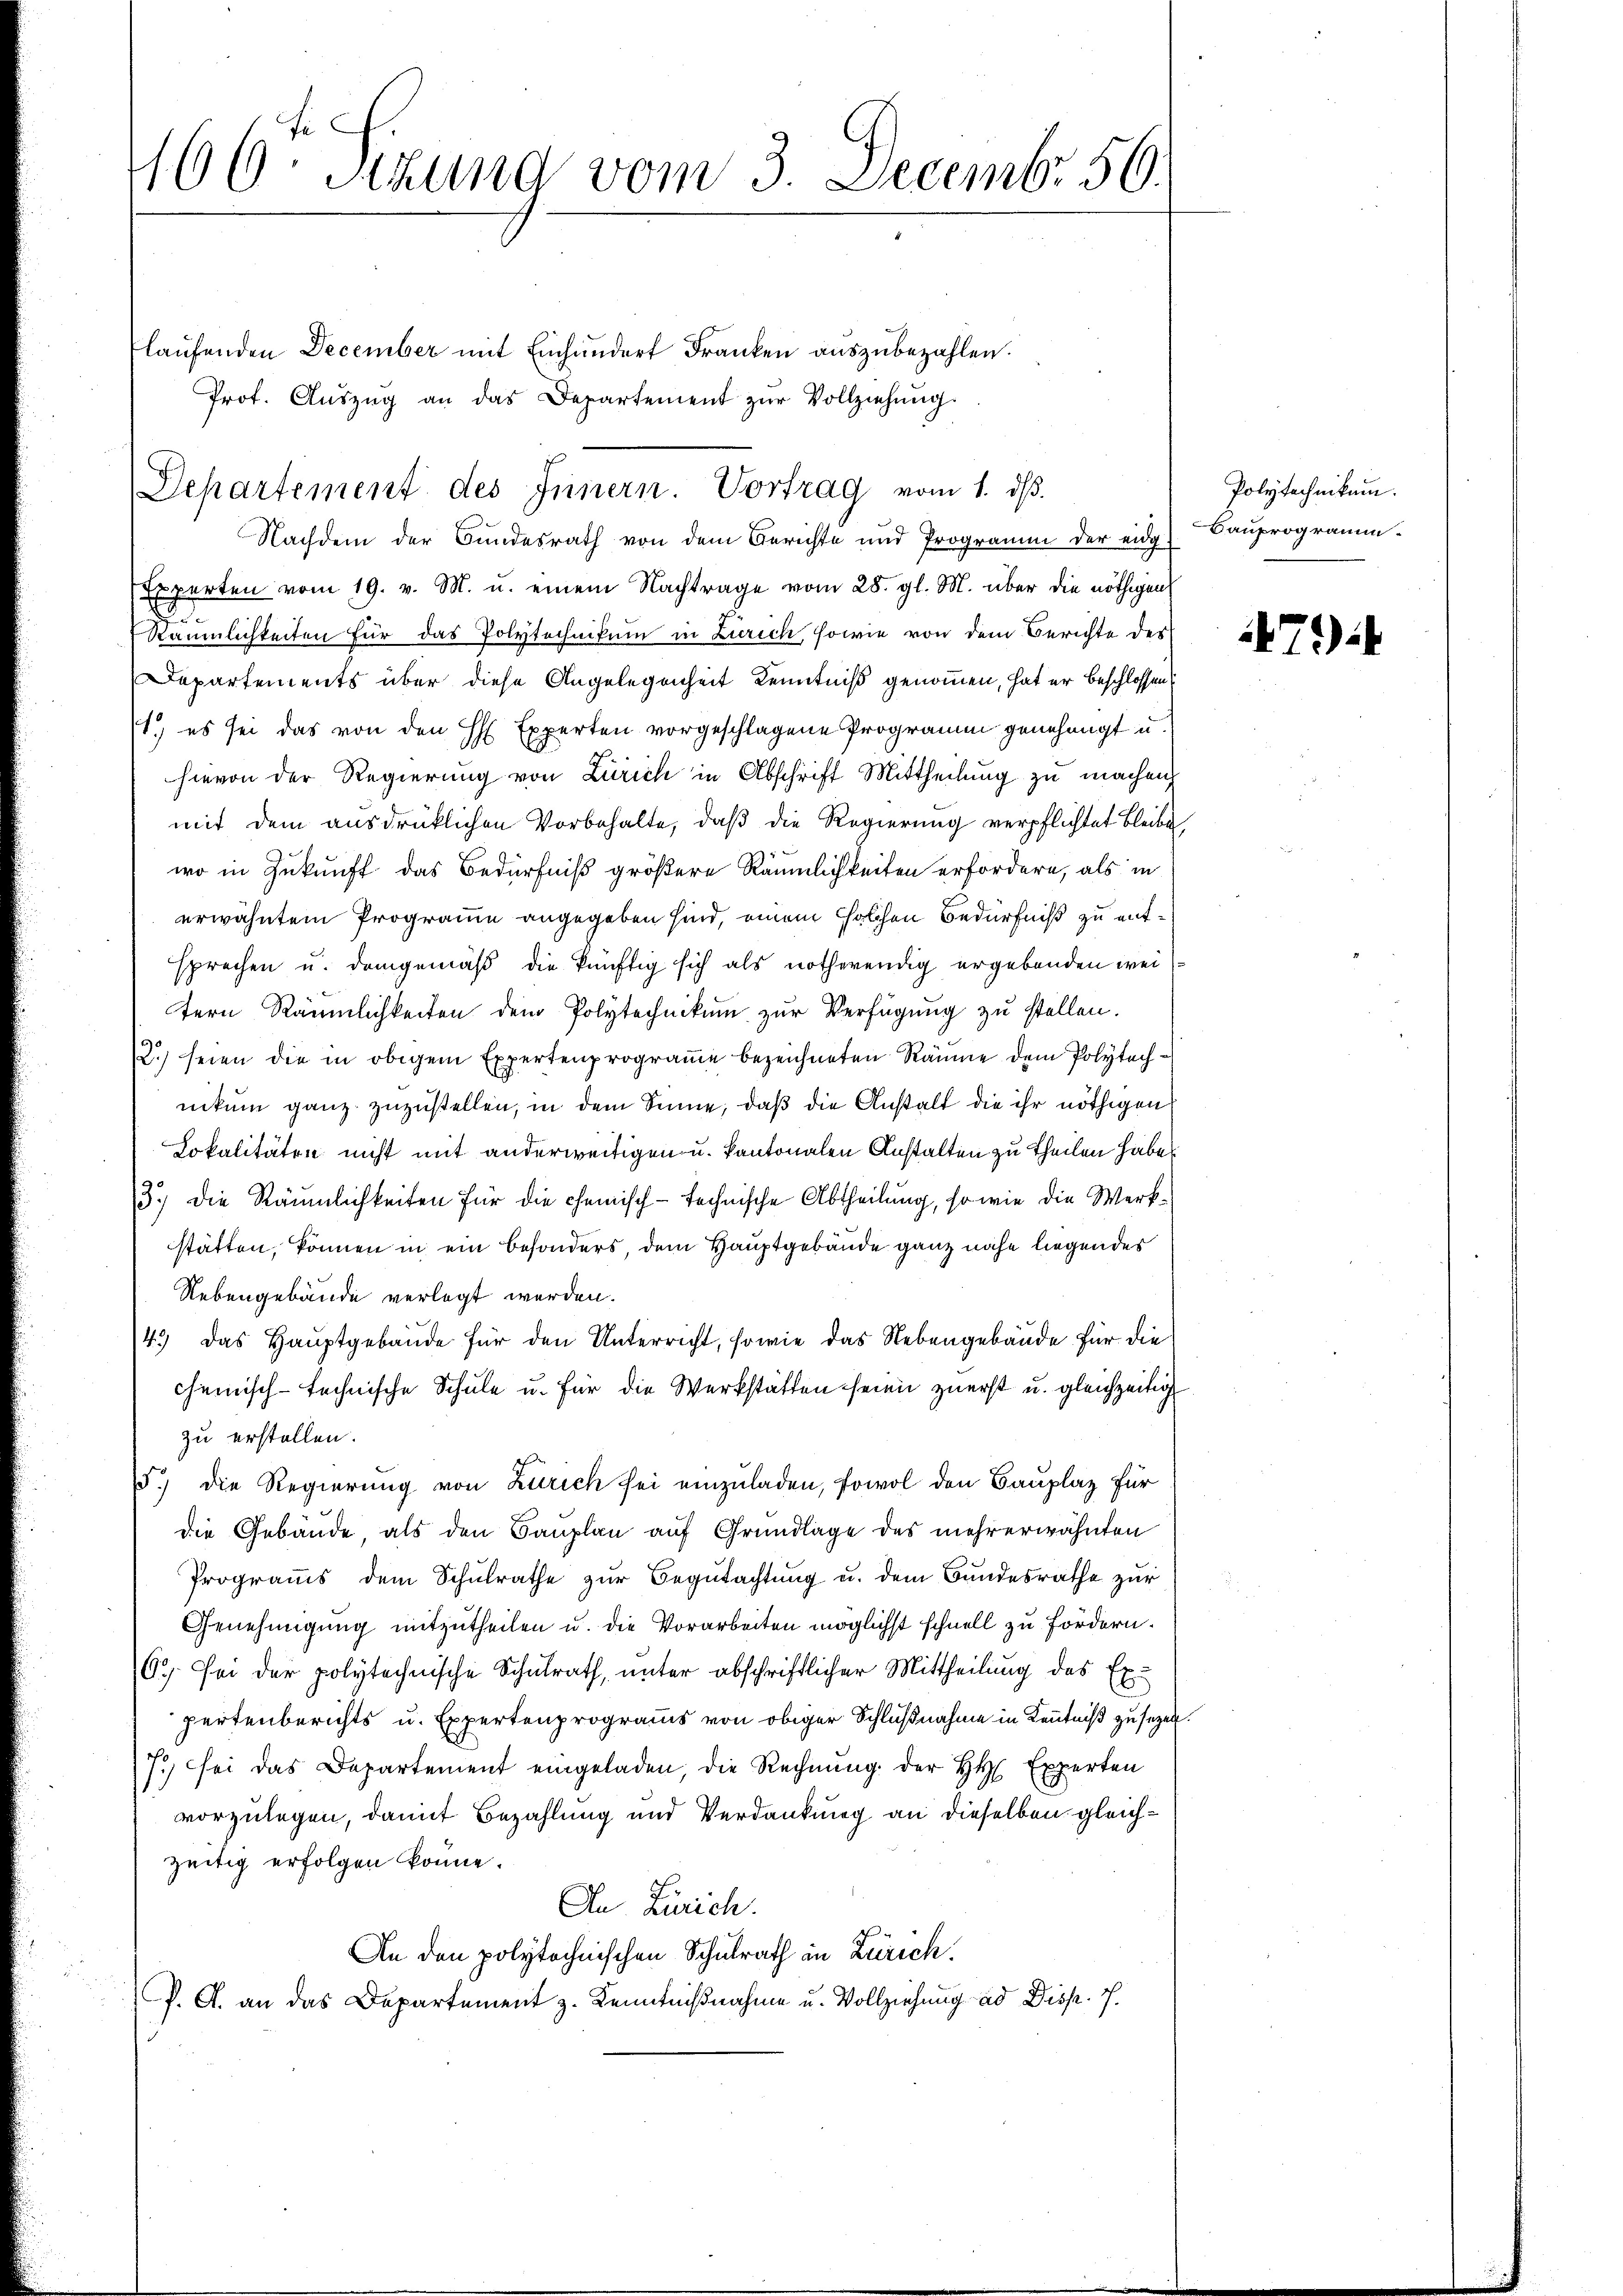
166 Sizung vom 3. Decembr. 50.

flaufenden December mit Einhundert Franken auszubezahlen.
Experten vom 19. v. M. u. einem Nachtrage vom 28. gl. M. über die nöthigen
Räumlichkeiten für das Polytechnikum in Zürich, sowie von dem Berichte des
Departements über diese Angelegenheit Kenntniß genommen, hat er beschlossen:
1.) es sei das von den H Experten vorgeschlagene Programm genehmigt u.
hievon der Regierung von Zürich in Abschrift Mittheilung zu machen
mit dem ausdrücklichen Vorbehalte, daβ die Regierung verpflichtet bleibe
wo in Zukunft das Bedürfniß größere Räumlichkeiten erfordern, als in
erwähntem Programme angegeben sind, einem solchen Bedürfniß zu entsprechen u. demgemäß die künftig sich als nothwendig ergebenden weitern Räumlichkeiten dem Polytechnikum zur Verfügung zu stellen.
2.) seien die in obigem Expertenprogramme bezeichneten Räume dem Polytechnikum ganz zuzustellen, in dem Sinne, daß die Anstalt die ihr nöthigen
Lokalitäten nicht mit anderweitigen u. kantonalen Anstalten zu Theilen habe
13.) Die Räumlichkeiten für die chemisch-technische Abtheilung, so wie die Werkstätten, können in ein besonders, dem Hauptgebäude ganz nahe liegendes
Nebengebäude verlegt werden.
4.) Das Hauptgebäude für den Unterricht, sowie das Nebengebäude für die
chemisch-technische Schule u. für die Werkstätten seien zuerst u. gleichzeitig
zu erstellen.
5.) Die Regierung von Zürich sei einzuladen, sowol den Bauplaz für
die Gebäude, als den Bauplan auf Grundlage des mehrerwähnten
Programms dem Schulrathe zur Begutachtung u. dem Bundesrathe zur
Genehmigung mitzutheilen u. die Vorarbeiten möglichst schnell zu fördern.
60. Sei der polytechnische Schulrath, unter abschriftlicher Mittheilung des Expertenberichts u. Expertenprograms von obiger Schlußnahme in Kenntniß zu sezen.
7.) sei das Departement eingeladen, die Rechnung der H. Experten
vorzulegen, damit Bezahlung und Verdankung an dieselben gleichzeitig erfolgen könne.
An Zürich.
An den polytechnischen Schulrath in Zürich.
PP. A. an das Departement z. Kenntnißnahme u. Vollziehung ad Disp. I.

Prof. Aŭszŭg an das Departement zŭr Vollziehung.
Departement des Innern. Vortrag vom 1. ds.
Nachdem der Bundesrath von dem Berichte und Programm der eidg.

Polytechnikum.
Bauprogramm.

79)